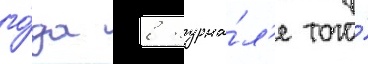
го́да в журна́л'е того́